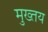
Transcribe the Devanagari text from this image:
मुख्तय